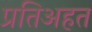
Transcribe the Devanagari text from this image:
प्रतिअहत